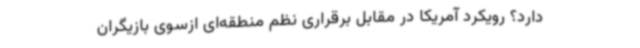
دارد؟ رویکرد آمریکا در مقابل برقراری نظم منطقه‌ای ازسوی بازیگران